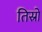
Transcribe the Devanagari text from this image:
तिस्रो